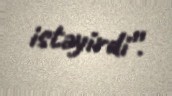
istəyirdi”.